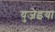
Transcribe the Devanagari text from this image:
युजेइया